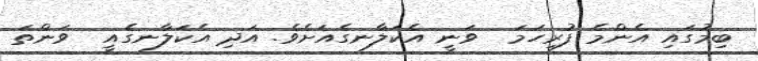
ބިމުގައި އެންމެ ފުރިހަމަ  ވަނީ އެކަލާނގެއަށެވެ. އަދި އެކަލާނގެއީ  ވަންތަ